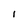
Character: 1